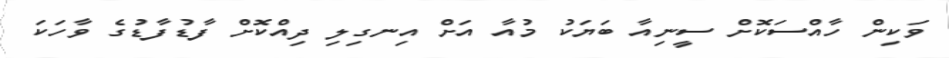
ވަކިން ހާއްސަކޮށް ސީނިއާ ބަޔަކު މުއާ އަށް އިނގިލި ދިއްކޮށް ފާޑުފާޑުގެ ވާހަކަ